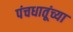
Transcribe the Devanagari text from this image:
पंचधातूंच्या